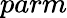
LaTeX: parm